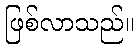
ဖြစ်လာသည်။